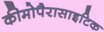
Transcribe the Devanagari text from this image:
कीमोपैरासाइटिक